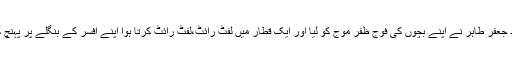
سید جعفر طاہر نے اپنے بچوں کی فوج ظفر موج کو لیا اور ایک قطار میں لفٹ رائٹ،لفٹ رائٹ کرتا ہوا اپنے افسر کے بنگلے پر پہنچ گیا۔